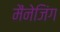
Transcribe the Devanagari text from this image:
मैंनेजिंग